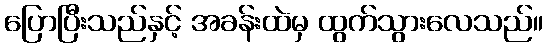
ပြောပြီးသည်နှင့် အခန်းထဲမှ ထွက်သွားလေသည်။